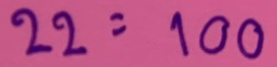
22 = 100